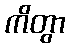
ကိတွာ